Vaccination in Bombay 1913-1923 - 1913-1923
Year: 1913
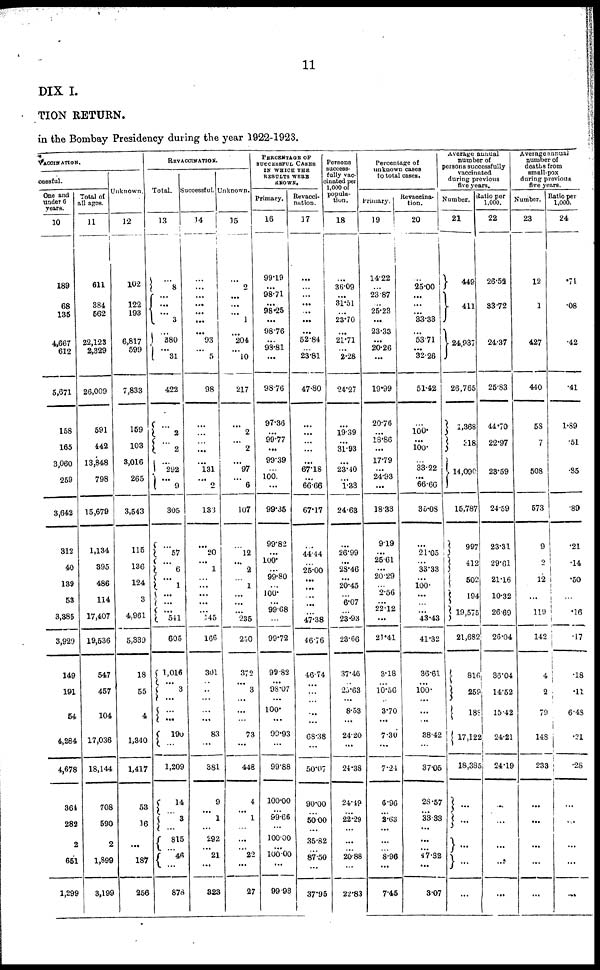
11
DIX I.
TION RETURN.
in the Bombay Presidency during the year 1922-1923.
VACCINATION.
cessful.
One and
under 6
years.
10
189
68
135
4,667
612
5,671
158
165
3,060
259
3,642
312
40
139
53
3,385
3,929
149
191
54
4,284
4,678
364
282
2
651
1,299
Total of
all ages.
11
611
384
562
22,123
2,329
26,009
591
442
13,848
798
15,679
1,134
395
486
114
17,407
19,536
547
457
104
17,036
18,144
708
590
2
1,899
3,199
Unknown.
12
102
122
193
6,817
599
7,833
159
103
3,016
265
3,543
115
136
124
3
4,961
5,339
18
55
4
1,340
1,417
53
16
...
187
256
REVACCINATION.
Total.
13
... 8
...
...
... 3
...
380
... 31
422
... 2
... 2
... 292
... 9
305
...
57
...
6
... 1
...
...
... 541
605
1,016
... 3
...
...
...
190
...
1,209
14
... 3
...
815
...
46
...
878
Successful.
14
...
... ...
...
...
...
...
93
...
5
98
...
...
...
...
...
131
...
2
133
...
20
... 1
... ...
...
...
... 145
166
301
... ...
...
...
...
83
...
381
9
... 1
...
292
... 21
...
323
Unknown.
15
...
2
...
... ...
1
...
204
...
10
217
...
2
...
2
...
97
...
6
107
...
12
... 2
... 1
...
...
...
235
250
372
...
3
...
...
...
73
...
448
4
... 1
...
...
... 22
...
27
PERCENTAGE OF
SUCCESSFUL CASES
IN WHICH THE
RESULTS WERE
KNOWN.
Primary.
16
99.19
...
98.71
...
98.25
...
98.76
...
98.81
...
98.76
97.36
...
99.77
...
99.39
...
100.
...
99.35
99.82
...
100.
...
99.80
...
100.
...
99.68
...
99.72
99.82
...
98.07
...
100.
...
99.93
...
99.88
100.00
...
99.66
...
100.00
...
100.00
...
99.93
Revacci¬
nation.
17
...
... ...
...
...
...
...
52.84
...
23.81
47.80
...
...
...
...
...
67.18
...
66.66
67.17
...
44.44
...
25.00
...
...
...
...
...
47.38
46.76
46.74
... ...
...
...
...
68.38
...
50.07
90.00
... 50.00
...
35.82
...
87.50
...
37.95
Persons
success-
fully vac¬
cinated per
1,000 of
popula-
---n.
18
...
36.09
...
31.51
...
23.70
...
21.71
...
2.28
24.27
...
19.39
...
31.93
...
23.40
...
1.33
24.63
...
26.99
...
28.46
...
20.45
...
6.07
... 23.93
23.66
37.46
...
25.63
...
8.53
...
24.20
...
24.38
24.49
... 22.29
...
...
... 20.88
...
22.83
Percentage of
unknown cases
to total cases.
Primary.
19
14.22
... 23.87
... 25.23
...
23.33
...
20.26
...
19.99
20.76
... 18.86
...
17.79
...
24.93
...
18.33
9.19
...
25.61
...
20.29
...
2.56
...
22.12
...
21.41
3.18
...
10.56
...
3.70
...
7.30
...
7.24
6.96
...
2.63
...
...
...
8.96
...
7.45
Revaccina-
tion.
20
...
25.00
...
...
...
33.33
...
53.71
...
32.26
51.42
...
100.
...
100.
...
33.22
...
66.66
35.08
...
21.05
...
33.33
...
100.
...
...
...
43.43
41.32
36.61
...
100.
...
...
...
38.42
...
37.05
28.57
... 33.33
...
...
...
47.82
...
3.07
Average annual
number of
persons successfully
vaccinated
during previous
five years.
Number.
21
449
411
24,937
26,765
1,368
318
14,090
15,787
997
412
502
194
19,575
21,682
816
259
188
17,122
18,385
...
...
...
...
. . .
Ratio per
1,000.
22
26.52
33.72
24.37
25.83
44.70
22.97
23.59
24.59
23.31
29.61
21.16
10.32
26.69
26.04
36.04
14.52
15.42
24.21
24.19
...
...
...
...
...
Average annual
number of
deaths from
small-pox
during previous
five years.
Number.
23
12
1
427
440
58
7
508
573
9
2
12
...
119
142
4
2
79
148
233
...
...
...
...
...
Ratio per
1,000.
24
.71
.08
.42
.41
1.89
.51
.85
.89
.21
.14
.50
...
.16
.17
.18
.11
6.48
.21
.28
...
...
...
...
...